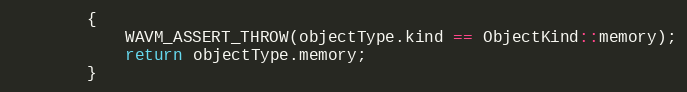
Language: C
		{
			WAVM_ASSERT_THROW(objectType.kind == ObjectKind::memory);
			return objectType.memory;
		}